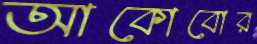
আকোবোর